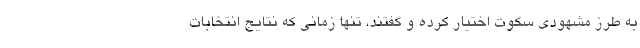
به طرز مشهودی سکوت اختیار کرده و گفتند، تنها زمانی که نتایج انتخابات